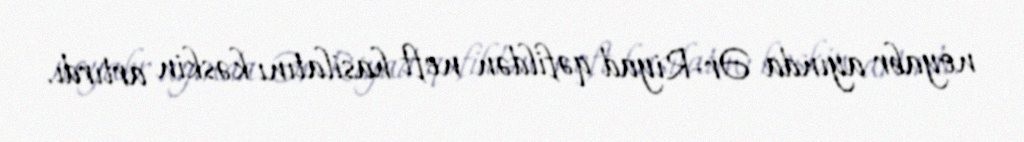
noyabr ayında Ər-Riyad qəfildən neft hasilatını kəskin artırdı.